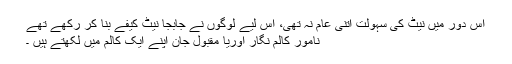
اس دور میں نیٹ کی سہولت اتنی عام نہ تھی، اس لیے لوگوں نے جابجا نیٹ کیفے بنا کر رکھے تھے
نامور کالم نگار اوریا مقبول جان اپنے ایک کالم میں لکھتے ہیں ۔